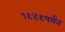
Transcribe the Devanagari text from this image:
१९४९पर्यंत